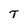
Character: T